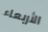
الأربعاء